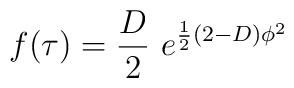
f(\tau)=\frac{D}{2}\ e^{\frac{1}{2}(2-D)\phi ^2}